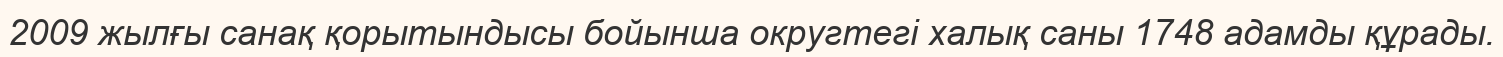
2009 жылғы санақ қорытындысы бойынша округтегі халық саны 1748 адамды құрады.